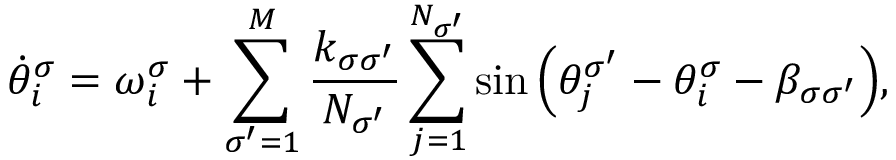
\dot { \theta } _ { i } ^ { \sigma } = \omega _ { i } ^ { \sigma } + \sum _ { \sigma ^ { \prime } = 1 } ^ { M } \frac { k _ { \sigma \sigma ^ { \prime } } } { N _ { \sigma ^ { \prime } } } \sum _ { j = 1 } ^ { N _ { \sigma ^ { \prime } } } \sin { \left( \theta _ { j } ^ { \sigma ^ { \prime } } - \theta _ { i } ^ { \sigma } - \beta _ { \sigma \sigma ^ { \prime } } \right) } ,